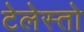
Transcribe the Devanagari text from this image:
टेलेस्तो